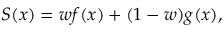
\begin{array} { r } { S ( x ) = w f ( x ) + ( 1 - w ) g ( x ) , } \end{array}